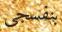
بنفسجى